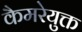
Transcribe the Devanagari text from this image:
कैमरेयुक्त